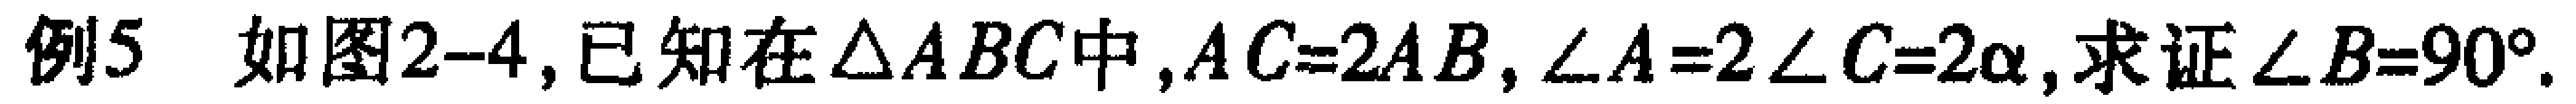
例5 如图2-4,已知在$\triangle ABC$中,$AC = 2AB$,$\angle A=2\angle C = 2\alpha$,求证$\angle B = 90^{\circ}$.